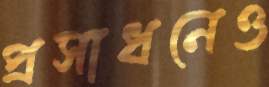
প্রসাধনেও